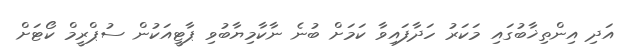
އަދި އިންތިޚާބުގައި މަކަރު ހަދާފައިވާ ކަމަށް ބުނެ ނާކާމިޔާބުވި ޕާޓީއަކުން ސުޕްރީމް ކޯޓަށް